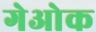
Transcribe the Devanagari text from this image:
गेओक